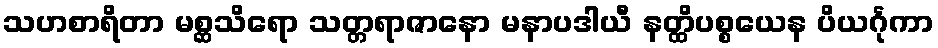
သဟစာရိတာ မစ္ဆသိရော သတ္တရာဇာနော မနာပဒါယီ နတ္ထိပစ္စယေန ပိယင်္ဂုကာ